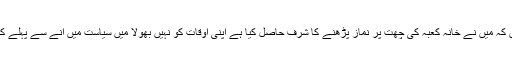
خوش قسمت انسان ہوں کہ میں نے خانہ کعبہ کی چھت پر نماز پڑھنے کا شرف حاصل کیا ہے اپنی اوقات کو نہیں بھولا میں سیاست میں انے سے پہلے کتابیں فروخت کرتا تھا۔